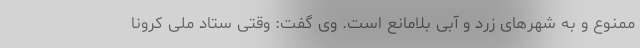
ممنوع و به شهرهای زرد و آبی بلامانع است. وی گفت: وقتی ستاد ملی کرونا